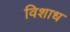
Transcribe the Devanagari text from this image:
विशाध